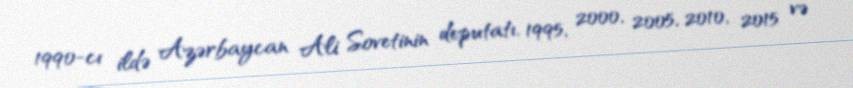
1990-cı ildə Azərbaycan Ali Sovetinin deputatı, 1995, 2000, 2005, 2010, 2015 və